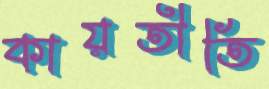
কায়তীতি